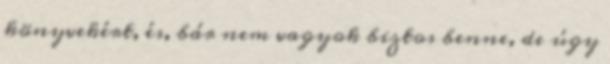
könyvekért, és, bár nem vagyok biztos benne, de úgy